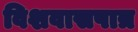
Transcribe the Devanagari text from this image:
विशवासपात्र